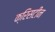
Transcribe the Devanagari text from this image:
क्रिसटीन